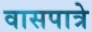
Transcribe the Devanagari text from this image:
वासपात्रे